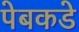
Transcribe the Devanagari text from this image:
पेबकडे